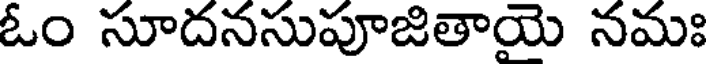
ఓం సూదనసుపూజితాయె నమః